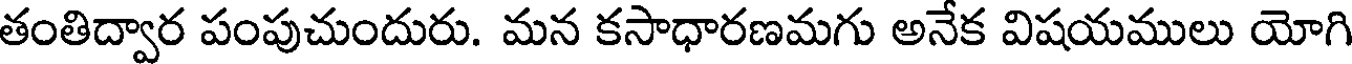
తంతిద్వార పంపుచుందురు. మన కసాధారణమగు అనేక విషయములు యోగి